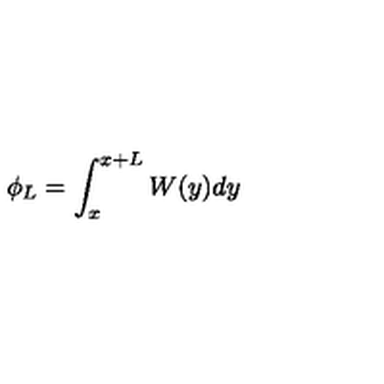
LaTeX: \phi _ { L } = \int _ { x } ^ { x + L } W ( y ) d y